Lunatic asylums Central Provinces reports 1910-1926 - 1910-1926
Year: 1910
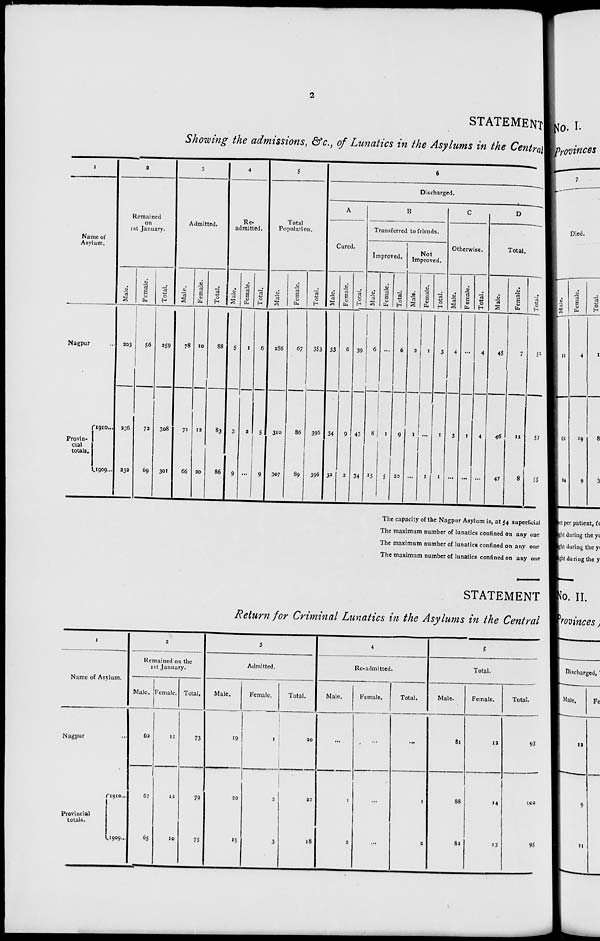
2
STATEMENT
Showing the admissions, &c., of Lunatics in the Asylums in the Central
1
Name of
Asylum.
Nagpur ...
Provin-
cial
totals.
1910 ...
1909 ...
2
Remained
on
1st January.
Male.
203
236
232
Female.
56
72
69
Total.
259
308
301
3
Admitted.
Male.
78
71
66
Female.
10
12
20
Total.
88
83
86
4
Re-
admitted.
Male.
5
3
9
Female.
1
2
...
Total.
6
5
9
5
Total
Population.
Male.
286
310
307
Female.
67
86
89
Total.
353
396
396
6
Discharged.
A
Cured.
Male.
33
34
32
Female.
6
9
2
Total.
39
43
34
B
Transferred to friends.
Improved.
Male.
6
8
15
Female.
...
1
5
Total.
6
9
20
Not
Improved.
Male.
2
1
...
Female.
1
...
1
Total.
3
1
1
C
Otherwise.
Male.
4
3
...
Female.
...
1
...
Total.
4
4
...
D
Total.
Male.
45
46
47
Female.
7
11
8
Total.
52
57
55
The capacity of the Nagpur Asylum is, at 54 superficial
The maximum number of lunatics confined on any one
The maximum number of lunatics confined on any one
The maximum number of lunatics confined on any one
STATEMENT
Return for Criminal Lunatics in the Asylums in the Central
1
Name of Asylum.
Nagpur ...
Provincial
totals.
1910 ...
1909 ...
2
Remained on the
1st January.
Male.
62
67
65
Female.
11
12
10
Total.
73
79
75
3
Admitted.
Male.
19
20
15
Female.
1
2
3
Total.
20
22
18
4
Re-admitted.
Male.
...
1
3
Female.
...
...
...
Total.
...
1
3
5
Total.
Male.
81
88
82
Female.
12
14
13
Total.
93
102
95